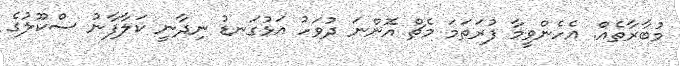
މުބާރާތެއް. އެހެންވީމާ ފުރަތަމަ މެޗް އޮންނަ ދުވަހު އަޅުގަނޑު ނިދާނީ ކަލާފާނު ސްކޫލުގެ